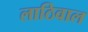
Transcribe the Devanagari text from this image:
लाठिवाल